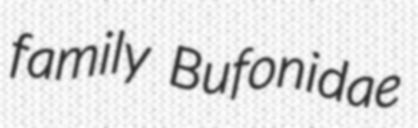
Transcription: family Bufonidae